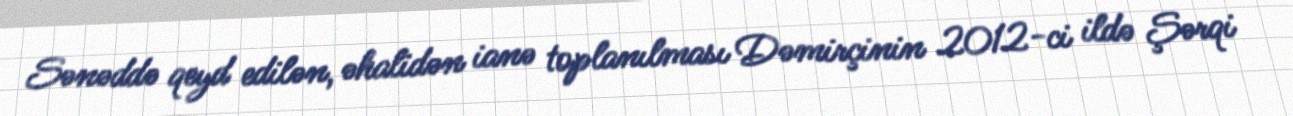
Sənəddə qeyd edilən, əhalidən ianə toplanılması Dəmirçinin 2012-ci ildə Şərqi